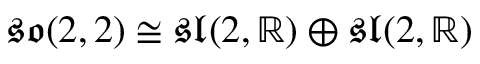
{ \mathfrak { s o } } ( 2 , 2 ) \cong { \mathfrak { s l } } ( 2 , \mathbb { R } ) \oplus { \mathfrak { s l } } ( 2 , \mathbb { R } )